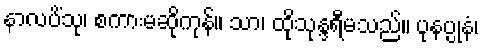
နာလပိံသု၊ စကားမဆိုကုန်။ သာ၊ ထိုသုန္ဒရီမသည်။ ပုနပ္ပုနံ၊